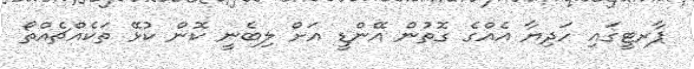
ޕާރޓީގައި ހަދިޔާ އެއްގެ ގޮތުން އޭންޑީ އަށް ލިބެނީ ކޮން ކުޅޭ ތަކެއްޗެއްތޯ